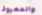
والمعروف